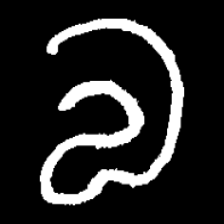
Pyu character \u2014 Myanmar letter: လ (romanized: la)